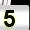
Digit: 5